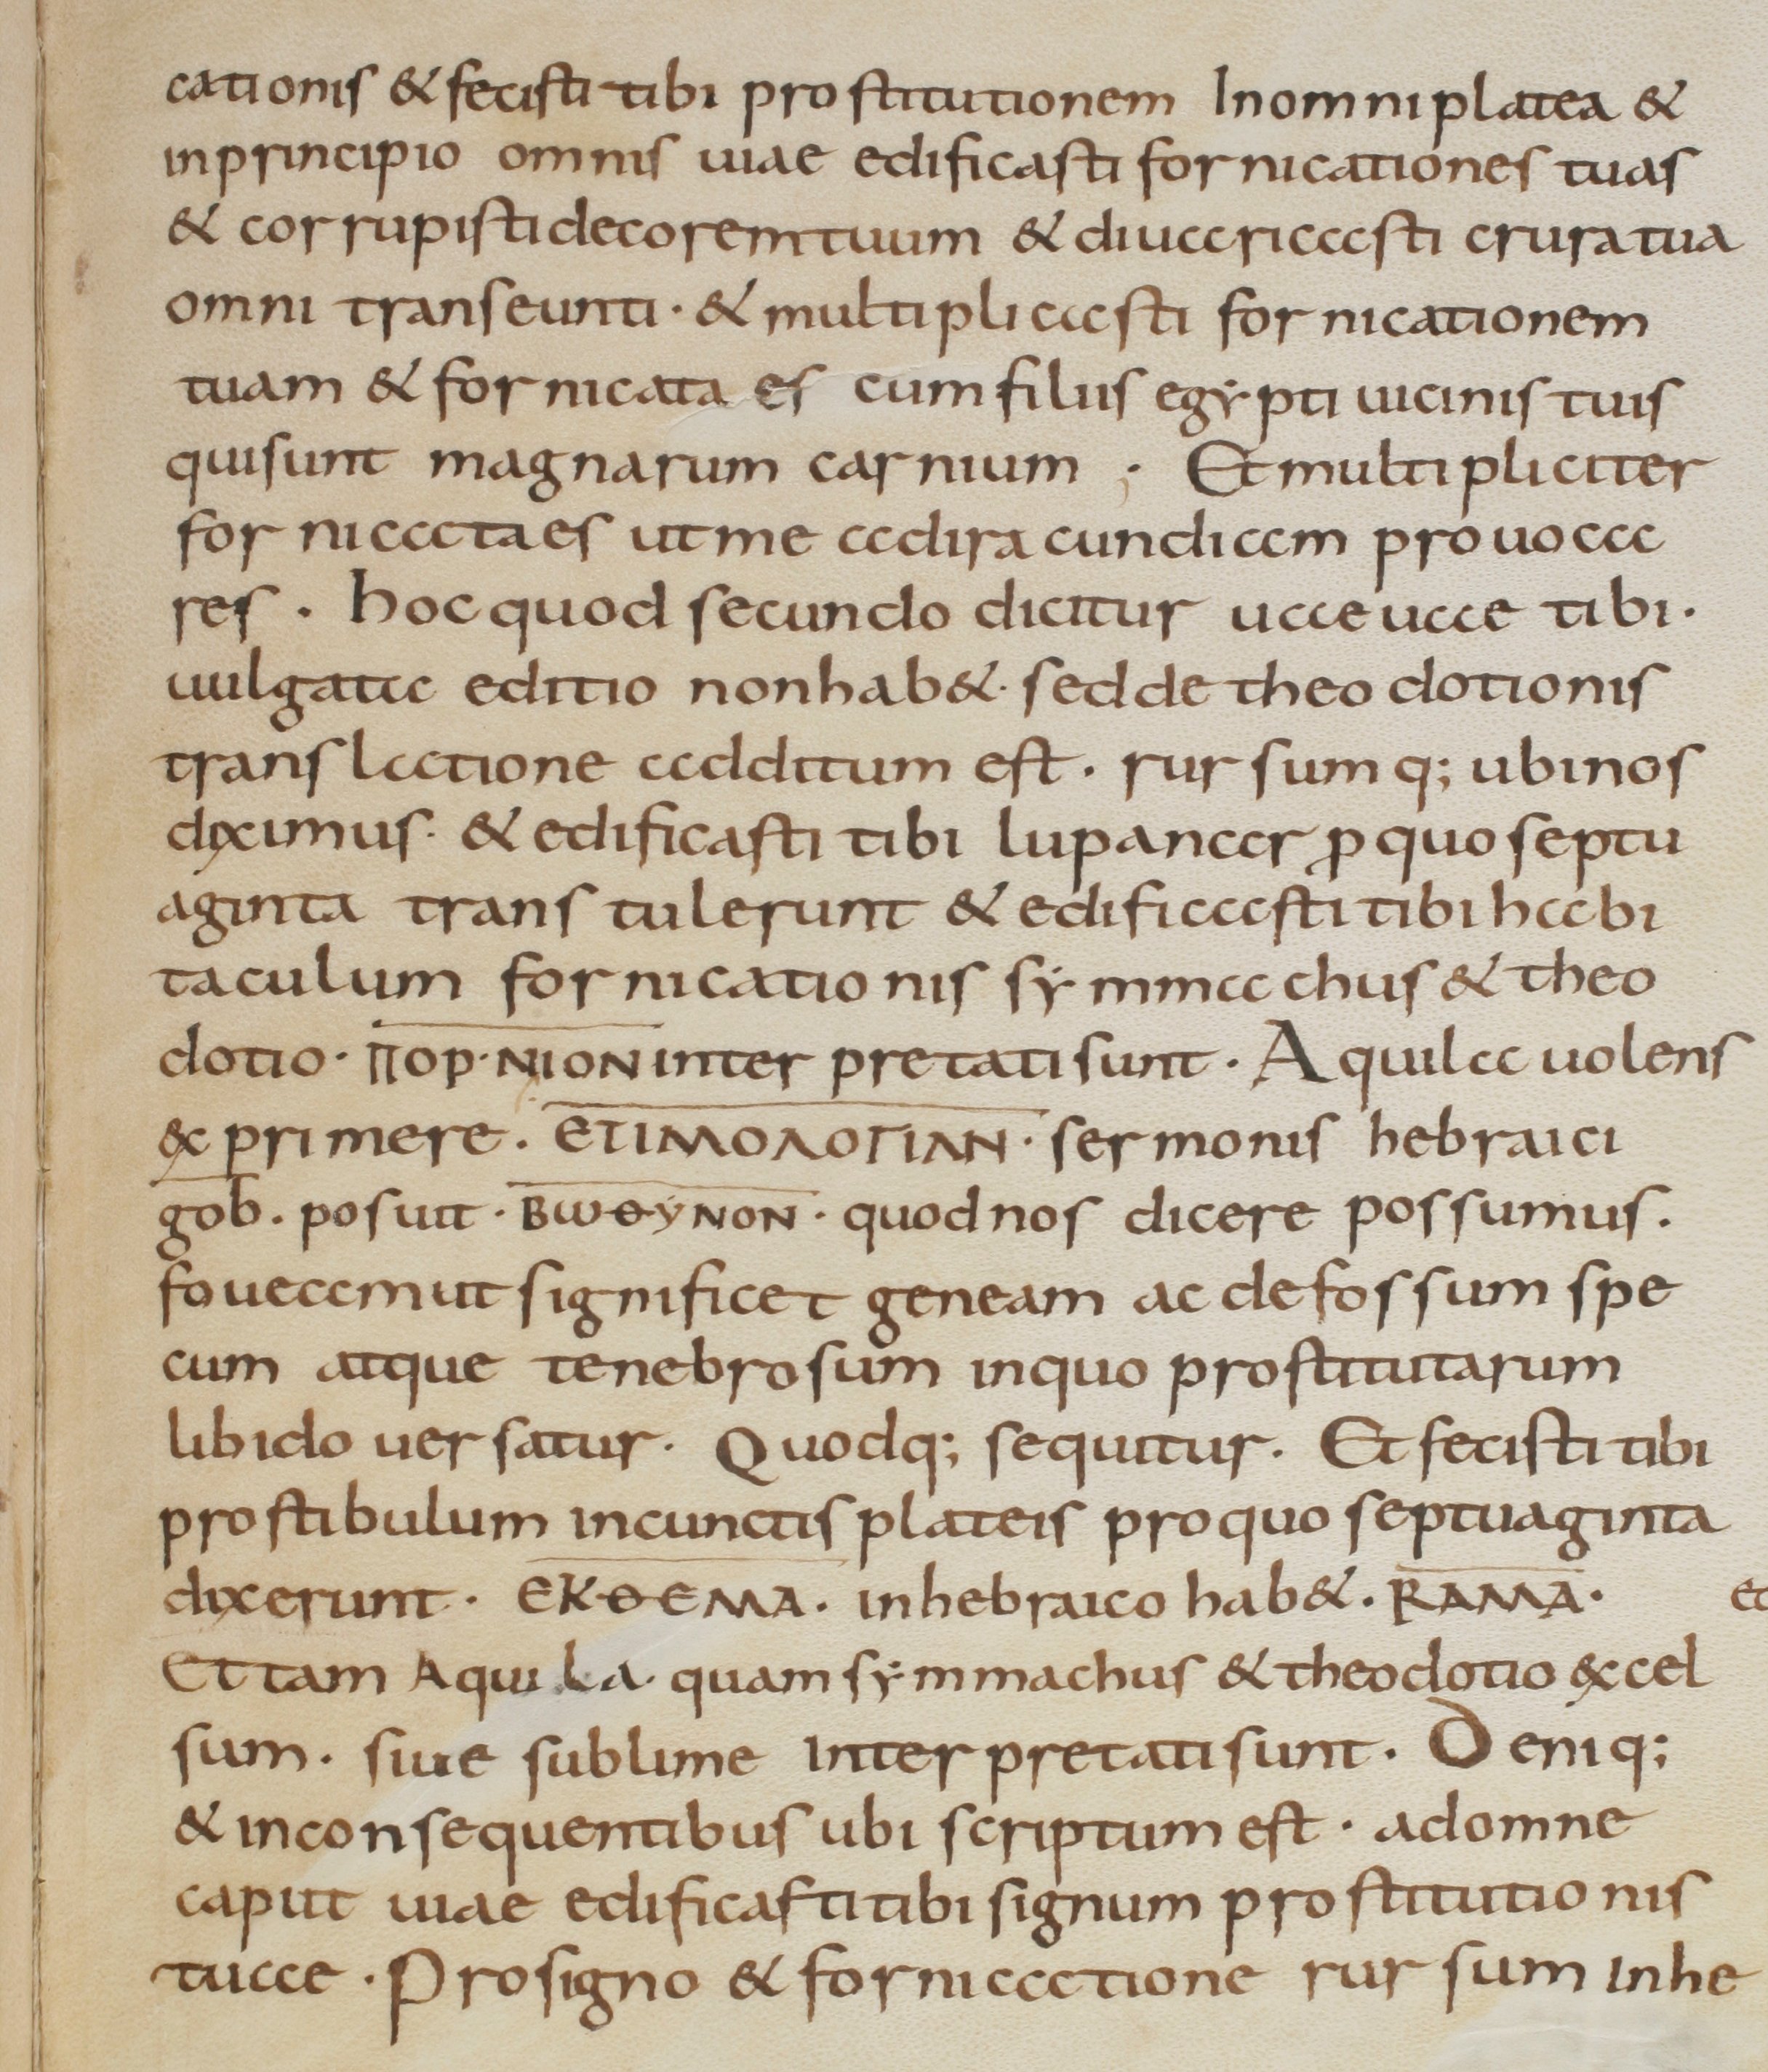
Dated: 800–899